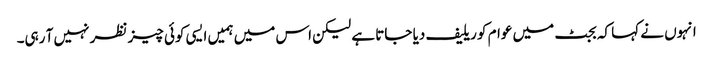
انہوں نے کہا کہ بجٹ میں عوام کو ریلیف دیا جاتا ہے لیکن اس میں ہمیں ایسی کوئی چیز نظر نہیں آ رہی۔